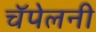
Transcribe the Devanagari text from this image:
चॅपेलनी